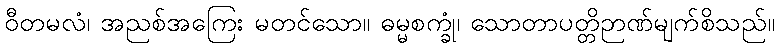
ဝီတမလံ၊ အညစ်အကြေး မတင်သော။ ဓမ္မစက္ခုံ၊ သောတာပတ္တိဉာဏ်မျက်စိသည်။